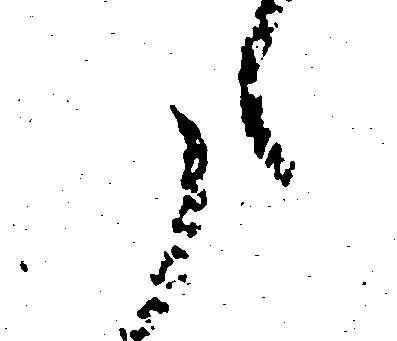
た